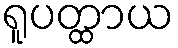
ရူပတ္ထာယ